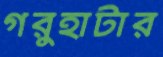
গরুহাটার